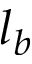
l _ { b }